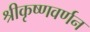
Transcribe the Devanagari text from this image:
श्रीकृष्णवर्णन